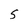
Character: S